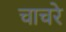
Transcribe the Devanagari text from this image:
चाचरे